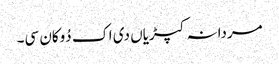
مردانہ کپڑیاں دی اک دُوکان سی۔